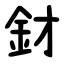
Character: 釮